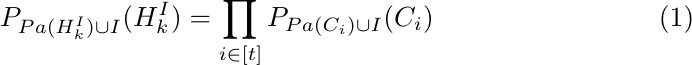
\begin{equation}
    P_{ Pa(H_k^I) \cup I} (H_k^I) =\prod \limits_{i\in [t]} P_{Pa(C_i) \cup I }(C_i)
\end{equation}